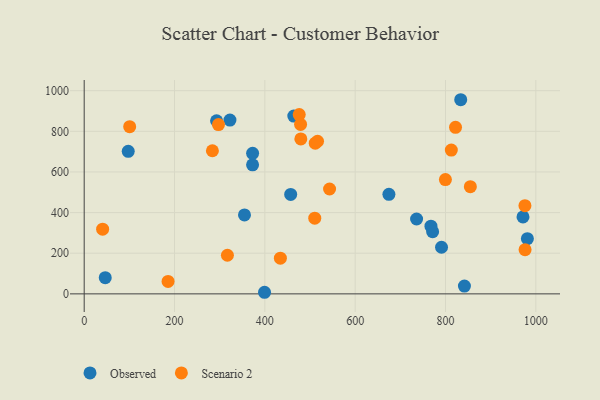
{"axis": {"x": "Engine Size", "y": "Exam Score"}, "legend": ["Observed", "Scenario 2"], "data": [{"x": "293.1", "y": 851.9, "type": "Observed"}, {"x": "833.7", "y": 955.5, "type": "Observed"}, {"x": "736.0", "y": 368.4, "type": "Observed"}, {"x": "981.3", "y": 271.5, "type": "Observed"}, {"x": "372.8", "y": 635.2, "type": "Observed"}, {"x": "354.9", "y": 388.5, "type": "Observed"}, {"x": "971.6", "y": 378.5, "type": "Observed"}, {"x": "674.7", "y": 489.9, "type": "Observed"}, {"x": "457.2", "y": 489.2, "type": "Observed"}, {"x": "97.5", "y": 701.3, "type": "Observed"}, {"x": "399.3", "y": 7.8, "type": "Observed"}, {"x": "767.8", "y": 333.2, "type": "Observed"}, {"x": "372.9", "y": 691.9, "type": "Observed"}, {"x": "791.2", "y": 229.5, "type": "Observed"}, {"x": "464.1", "y": 875.1, "type": "Observed"}, {"x": "322.7", "y": 855.3, "type": "Observed"}, {"x": "46.6", "y": 79.6, "type": "Observed"}, {"x": "771.5", "y": 305.9, "type": "Observed"}, {"x": "841.9", "y": 38.5, "type": "Observed"}, {"x": "822.2", "y": 819.9, "type": "Scenario 2"}, {"x": "40.8", "y": 318.3, "type": "Scenario 2"}, {"x": "434.4", "y": 175.5, "type": "Scenario 2"}, {"x": "479.1", "y": 833.9, "type": "Scenario 2"}, {"x": "185.7", "y": 61.4, "type": "Scenario 2"}, {"x": "543.3", "y": 516.1, "type": "Scenario 2"}, {"x": "975.9", "y": 433.8, "type": "Scenario 2"}, {"x": "510.5", "y": 372.3, "type": "Scenario 2"}, {"x": "812.9", "y": 707.9, "type": "Scenario 2"}, {"x": "317.1", "y": 190.0, "type": "Scenario 2"}, {"x": "976.2", "y": 217.3, "type": "Scenario 2"}, {"x": "476.1", "y": 882.4, "type": "Scenario 2"}, {"x": "479.7", "y": 762.7, "type": "Scenario 2"}, {"x": "283.9", "y": 704.4, "type": "Scenario 2"}, {"x": "511.6", "y": 741.5, "type": "Scenario 2"}, {"x": "855.0", "y": 527.6, "type": "Scenario 2"}, {"x": "297.3", "y": 833.1, "type": "Scenario 2"}, {"x": "799.8", "y": 562.5, "type": "Scenario 2"}, {"x": "100.7", "y": 823.0, "type": "Scenario 2"}, {"x": "516.7", "y": 751.1, "type": "Scenario 2"}]}